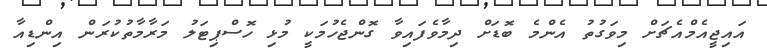
އައިޖީއެމްއެޗަށް މިވަގުތު އެންމެ ބޮޑަށް ދިމާވެފައިވާ ގޮންޖެހުމަކީ މުޅި ހޮސްޕިޓަލު މަރާމާތުކުރަން އިންޑިއާ